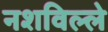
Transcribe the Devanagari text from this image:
नशविल्ले